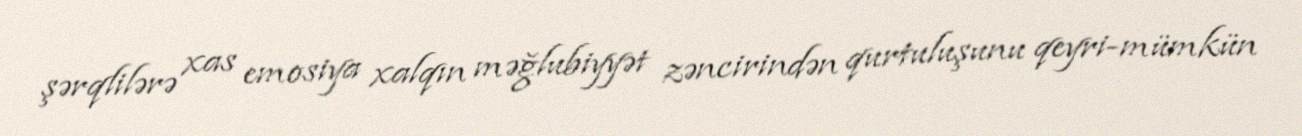
şərqlilərə xas emosiya xalqın məğlubiyyət zəncirindən qurtuluşunu qeyri-mümkün